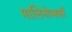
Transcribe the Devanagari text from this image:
मालिनोव्सकी